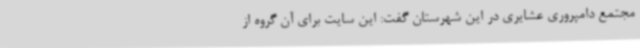
مجتمع دامپروری عشایری در این شهرستان گفت: این سایت برای آن گروه از